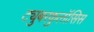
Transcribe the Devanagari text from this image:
ट्युबरकुलॉसिस